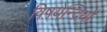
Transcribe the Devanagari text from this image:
विषयेन्द्रियों